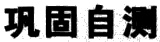
巩固自测